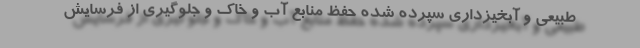
طبیعی و آبخیزداری سپرده شده حفظ منابع آب و خاک و جلوگیری از فرسایش